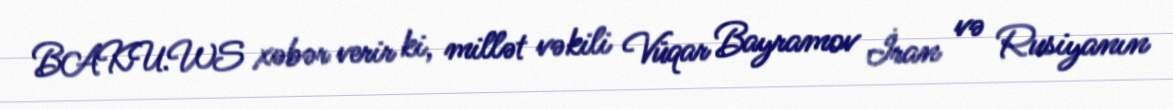
BAKU.WS xəbər verir ki, millət vəkili Vüqar Bayramov İran və Rusiyanın